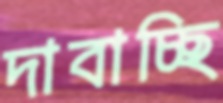
দাবাচ্ছি